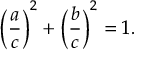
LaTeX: { \biggl ( } { \frac { a } { c } } { \biggr ) } ^ { 2 } + { \biggl ( } { \frac { b } { c } } { \biggr ) } ^ { 2 } = 1 .